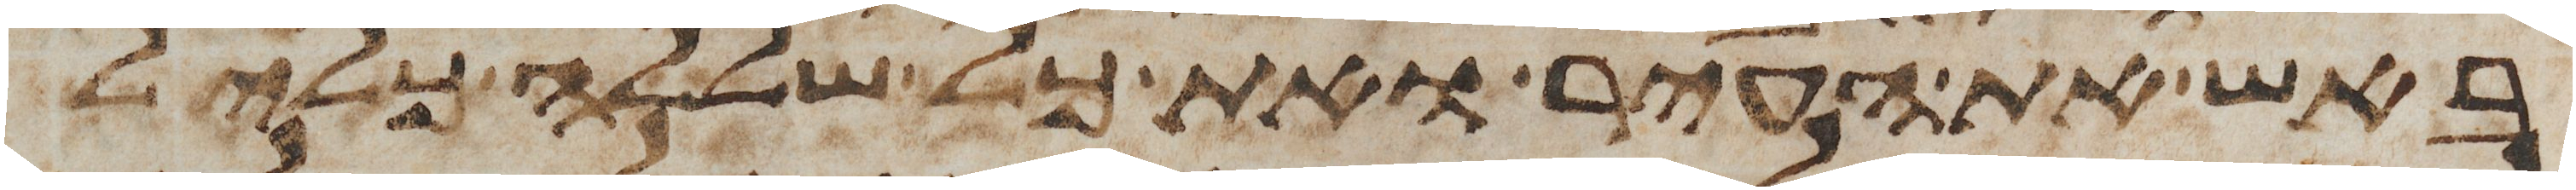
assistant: באש את העיר ואת כל שללה כליל